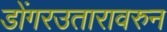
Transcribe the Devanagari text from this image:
डोंगरउतारावरुन